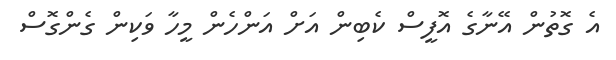
އެ ގޮތުން އޭނާގެ އޮފީސް ކެބިން އަށް އަންހެން މީހާ ވަކިން ގެންގޮސް